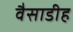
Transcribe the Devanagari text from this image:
वैसाडीह